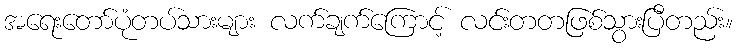
အရေးတော်ပုံတပ်သားများ လက်ချက်ကြောင့် လင်းတတဖြစ်သွားပြီတည်း။